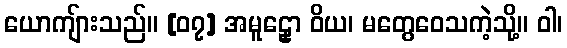
ယောကျ်ားသည်။ [၀၇] အမူဠှော ဝိယ၊ မတွေဝေသကဲ့သို့။ ဝါ၊